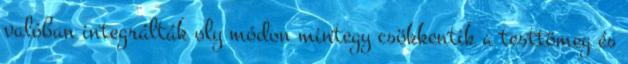
valóban integrálták oly módon mintegy csökkentik a testtömeg és